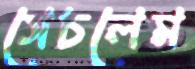
সেচলেম